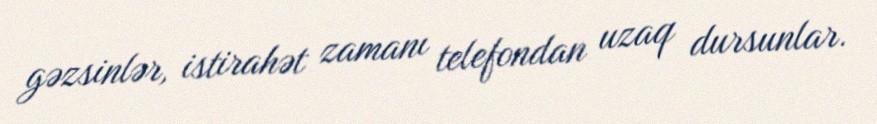
gəzsinlər, istirahət zamanı telefondan uzaq dursunlar.